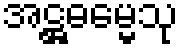
အဋ္ဌဓမ္မေသု